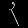
Digit: ၃